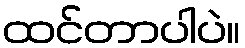
ထင်တာပါပဲ။